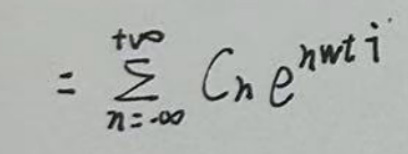
\[
= \sum_{n = -\infty}^{+\infty} C_n e^{in\omega t i}
\]